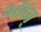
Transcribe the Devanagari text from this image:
ऑन्